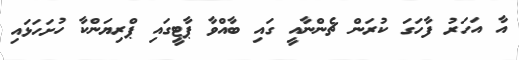
އާ އަހަރު ފާހަގަ ކުރަން ޗެންނާއީ ގައި ބާއްވާ ޕާޓީގައި ޕްރިޔަންކާ ހުށަހަޅައި